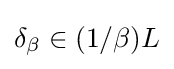
\delta _{\beta }\in (1/\beta )L